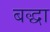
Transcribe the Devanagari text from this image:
बद्धा